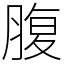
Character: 腹